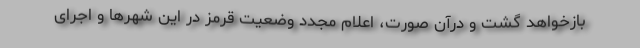
بازخواهد گشت و درآن صورت، اعلام مجدد وضعیت قرمز در این شهرها و اجرای